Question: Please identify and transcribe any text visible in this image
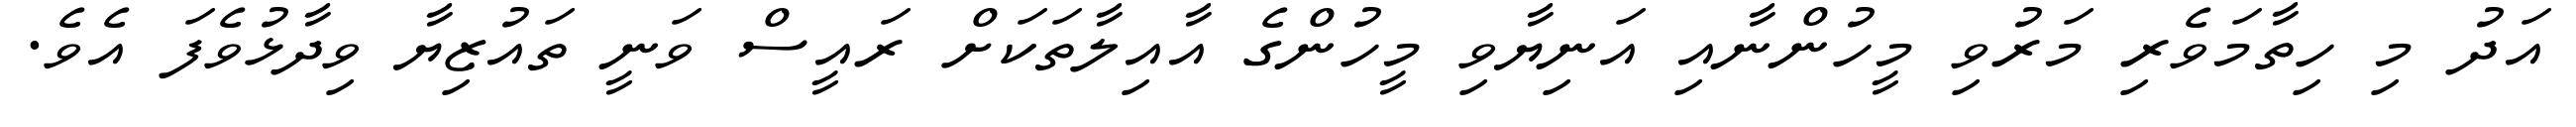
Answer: އަދު މި ހިތާމަވެރި މަރުވި މީހުންނާއި އަނިޔާވި މީހުންގެ އާއިލާތަކަށް ރައީސް ވަނީ ތައުޒިޔާ ވިދާޅުވެފަ އެވެ.